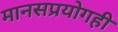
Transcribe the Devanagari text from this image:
मानसप्रयोगही